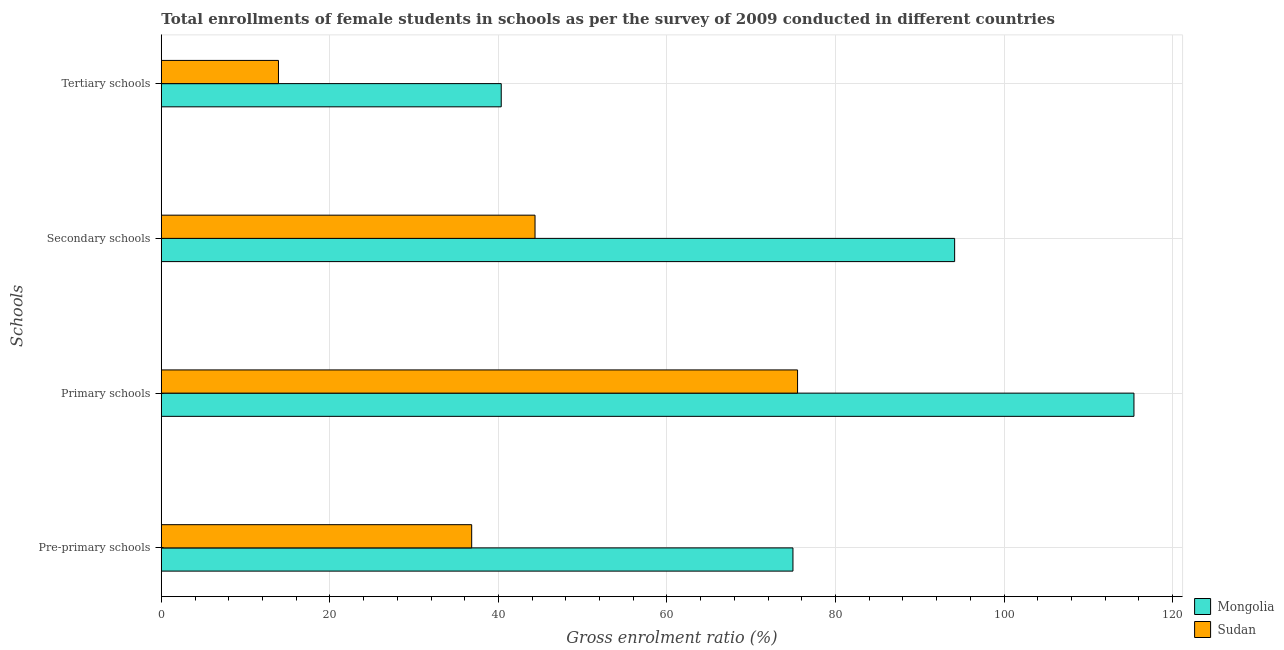
| Schools | Mongolia | Sudan |
 | --- | --- | --- |
 | Pre-primary schools | 74.9 | 36.8 |
 | Primary schools | 115 | 75.5 |
 | Secondary schools | 94.1 | 44.3 |
 | Tertiary schools | 40.3 | 13.9 |